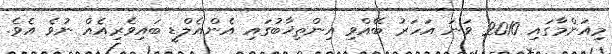
މިއަންމާގައި 2010 ވަނަ އަހަރު ބޭއްވި އިންތިޚާބުގައި އެންއެލްޑީ ބައިވެރިއެއް ނުވެ އެވެ.